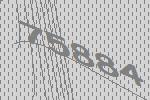
75884